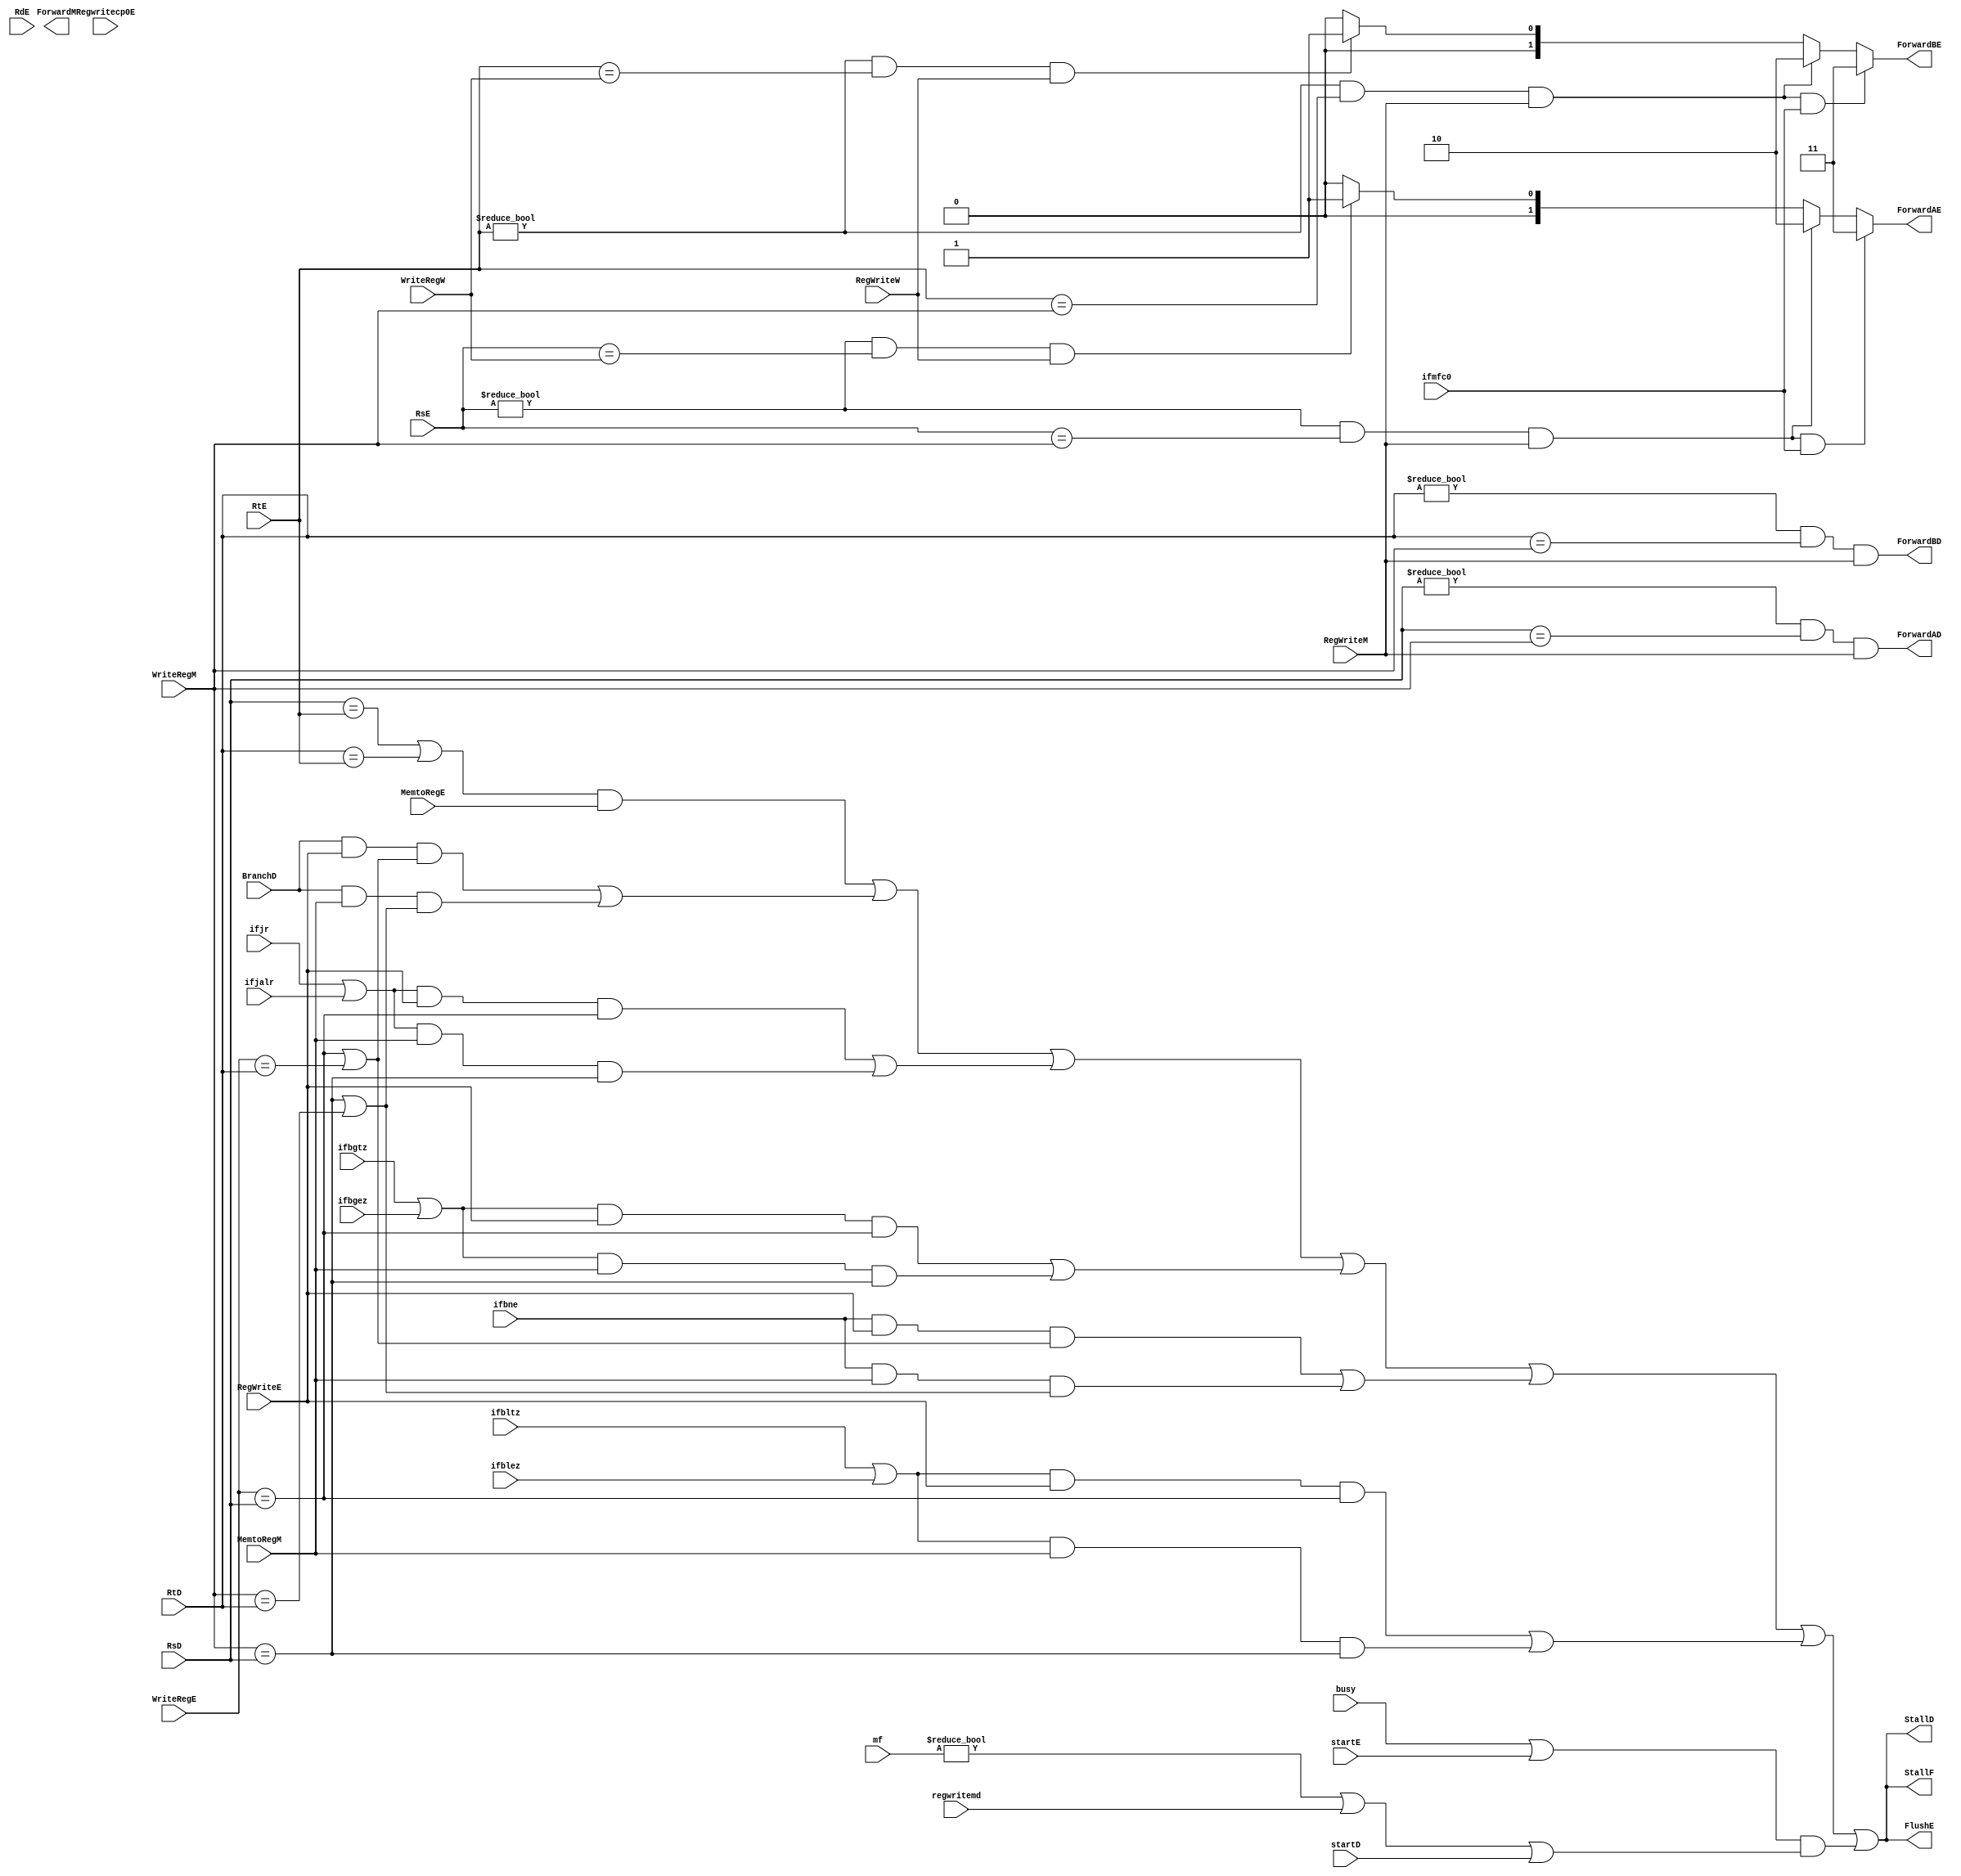
`timescale 1ns / 1ps
//////////////////////////////////////////////////////////////////////////////////
// Company: 
// Engineer: 
// 
// Design Name: 
// Module Name:    hazard 
// Project Name: 
// Target Devices: 
// Tool versions: 
// Description: 
//
// Dependencies: 
//
// Revision: 
// Revision 0.01 - File Created
// Additional Comments: 
//
//////////////////////////////////////////////////////////////////////////////////
module hazard(
    
	 input BranchD,
	 input ifbne,
	 input [4:0]RsD,
	 input [4:0]RtD,
	 input [4:0]RsE,
	 input [4:0]RtE, 
	 input [4:0] WriteRegE,
	 input MemtoRegE,
	 input RegWriteE,
	 input [4:0] WriteRegM,
	 input MemtoRegM,	 
	 input RegWriteM,
	 input [4:0]WriteRegW,
	 input RegWriteW,
	 input ifjr,
	 input ifbgtz,
	 input ifbltz,
	 input ifbgez,
	 input ifblez,
	 input ifjalr,
	 
	 input busy,
	 input [1:0]mf, //
	 input regwritemd,
	 input startE,
	 input startD,
	 
	 output StallF,
	 output StallD,
	
	 output ForwardAD,
	 output ForwardBD,
	 output FlushE,
	 output [1:0]ForwardAE,
	 output [1:0]ForwardBE,
	 output ForwardM,
	 input ifmfc0,
	 input Regwritecp0E,
	 input [4:0] RdE
    );
	
	 assign ForwardAE=((RsE!=5'b00000)&(RsE==WriteRegM)&RegWriteM&ifmfc0)?2'b11:
	                  ((RsE!=5'b00000)&(RsE==WriteRegM)&RegWriteM)?2'b10:
	                  ((RsE!=5'b00000)&(RsE==WriteRegW)&RegWriteW)?2'b01:2'b00;
							
	 assign ForwardBE=((RtE!=5'b00000)&(RtE==WriteRegM)&RegWriteM&ifmfc0)?2'b11:
	                  ((RtE!=5'b00000)&(RtE==WriteRegM)&RegWriteM)?2'b10:
	                  ((RtE!=5'b00000)&(RtE==WriteRegW)&RegWriteW)?2'b01:2'b00;
							
	 assign ForwardAD =(RsD!=5'b00000)&(RsD==WriteRegM)&RegWriteM;
	 assign ForwardBD =(RtD!=5'b00000)&(RtD==WriteRegM)&RegWriteM;
///assign ForwardM=(MemWriteM && RegWriteW && WriteRegW==RtM && DatatoregW==2'b01 && WriteRegW!=0)||(MemWriteM && RegWriteW && WriteRegW==RtM && DatatoregW==2'b11  && WriteRegW!=0);

    //assign ForwardM = (MemWriteM && RegWriteW && WriteRegW==RtM && ifmtc0  && WriteRegW!=0);	/// W
    
    wire lwstall;
    assign lwstall= ((RsD==RtE)|(RtD==RtE))& (MemtoRegE);
       
	 wire branchstall;
	 assign branchstall =(BranchD & RegWriteE &(WriteRegE==RsD | WriteRegE ==RtD)) 
	                     |(BranchD & MemtoRegM &(WriteRegM==RsD | WriteRegM ==RtD));
	 
	 wire bnestall;
	 assign bnestall =(ifbne & RegWriteE &(WriteRegE==RsD | WriteRegE ==RtD)) 
	                     |(ifbne & MemtoRegM &(WriteRegM==RsD | WriteRegM ==RtD));
								
	wire bgtzstall;
	assign bgtzstall= ((ifbgtz|ifbgez) & RegWriteE &(WriteRegE==RsD)) 
	                     |((ifbgtz|ifbgez) & MemtoRegM &(WriteRegM==RsD));
  
   wire bltzstall;
	assign bltzstall= ((ifbltz|ifblez) & RegWriteE &(WriteRegE==RsD)) 
	                     |((ifbltz|ifblez) & MemtoRegM &(WriteRegM==RsD));
								
	 wire jrstall;
    assign jrstall =((ifjr|ifjalr) & RegWriteE &(WriteRegE==RsD)) 
	                     |((ifjr|ifjalr) & MemtoRegM &(WriteRegM==RsD));
								
	 wire mdstall;
    assign mdstall= ((busy|startE)&(mf!=0|regwritemd!=0|startD!=0));	 
    
	 wire cp0stall;
	 assign cp0stall= (Regwritecp0E && RdE==5'd14);////14
	 
	 assign StallF=lwstall|branchstall|jrstall|bgtzstall|bnestall|bltzstall|mdstall;	 
	 assign StallD=lwstall|branchstall|jrstall|bgtzstall|bnestall|bltzstall|mdstall;	  	 
	 assign FlushE=lwstall|branchstall|jrstall|bgtzstall|bnestall|bltzstall|mdstall;	  	 
	 
	 
endmodule